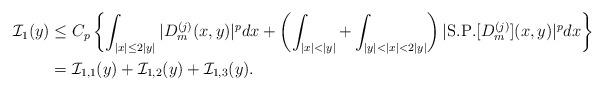
LaTeX: \begin{align*}\mathcal{I}_{1}(y)&\leq C_{p}\left\{\int_{|x|\leq 2|y|}|D_{m}^{(j)}(x,y)|^{p}dx+\left(\int_{|x|<|y|}+\int_{|y|<|x|<2|y|}\right)|\mathrm{S. P.} [D_{m}^{(j)}](x,y)|^{p}dx\right\}\\&=\mathcal{I}_{1,1}(y)+\mathcal{I}_{1,2}(y)+\mathcal{I}_{1,3}(y).\end{align*}